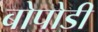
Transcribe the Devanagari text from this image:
बोपोडी